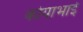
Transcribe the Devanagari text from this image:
कोयाभाई